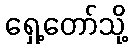
ရှေ့တော်သို့